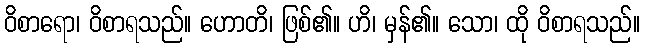
ဝိစာရော၊ ဝိစာရသည်။ ဟောတိ၊ ဖြစ်၏။ ဟိ၊ မှန်၏။ သော၊ ထို ဝိစာရသည်။